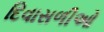
દિવાસળીઓ